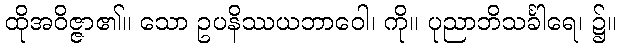
ထိုအဝိဇ္ဇာ၏။ သော ဥပနိဿယဘာဝေါ၊ ကို။ ပုညာဘိသင်္ခါရေ၊ ၌။